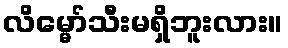
လိမ္မော်သီးမရှိဘူးလား။